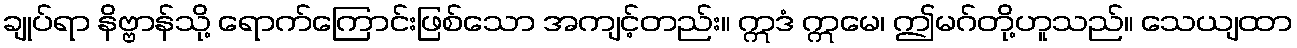
ချုပ်ရာ နိဗ္ဗာန်သို့ ရောက်ကြောင်းဖြစ်သော အကျင့်တည်း။ ဣဒံ ဣမေ၊ ဤမဂ်တို့ဟူသည်။ သေယျထာ